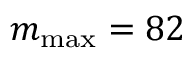
m _ { \operatorname* { m a x } } = 8 2